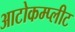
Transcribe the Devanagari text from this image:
आटोकम्प्लीट